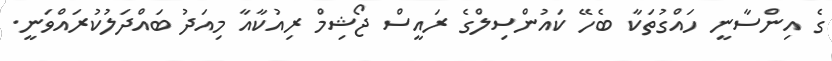
ގެ އިންސާނީ ހައްގުތަކާ ބެހޭ ކައުންސިލްގެ ރައީސް ޖޯޝިމް ރިއުކާއާ މިއަދު ބައްދަލުކުރައްވަނީ.